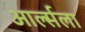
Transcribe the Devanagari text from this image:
आर्ल्सला